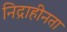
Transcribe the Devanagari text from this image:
निद्राहीनता